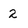
Character: 2